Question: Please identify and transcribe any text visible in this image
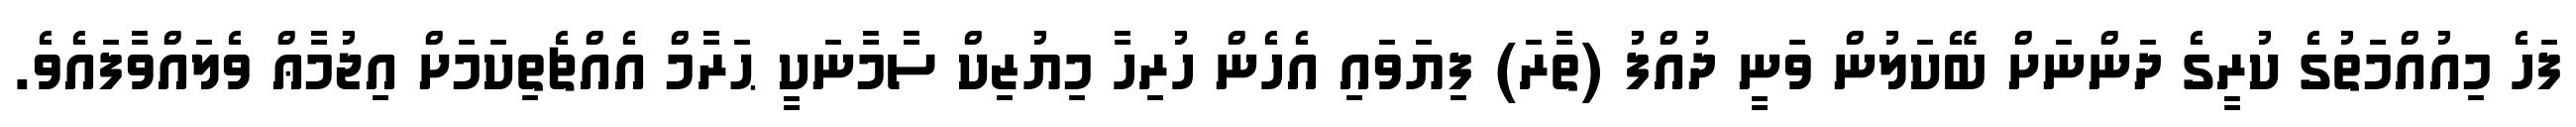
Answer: ފަހެ މިއުއްމަތުގެ ކުރީގެ ދަންނަށް ބޭކަލުން ވަނީ ދުއްފު (ތާރަ) ފިޔަވައި އެހެން ހުރިހާ މިޔުޒިކް ސާމާނަކީ ޙަރާމް އެއްޗެތިކަމަށް އިޖުމާޢް ވެލައްވާފައެވެ.